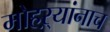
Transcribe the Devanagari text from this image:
मोहऱ्यांनाच